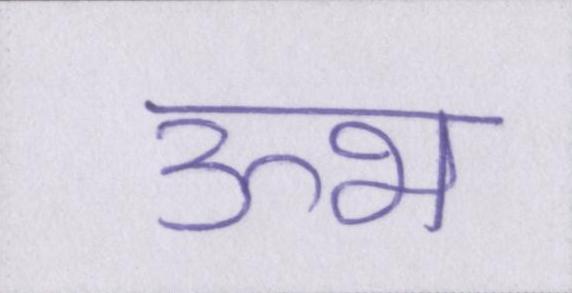
ऊभ